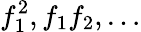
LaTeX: f_{1}^{2},f_{1}f_{2},\dots